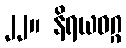
၂၂။ နိရယဝဂ္ဂ